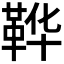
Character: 𫖇